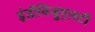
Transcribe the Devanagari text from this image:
इंडीविजुएलटी